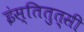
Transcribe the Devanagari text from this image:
इंस्तितुत्सी